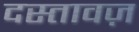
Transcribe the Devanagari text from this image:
दस्तावज़